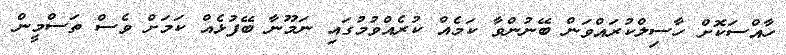
ހާއްސަކޮށް ހާސިލްކުރައްވަން ބޭނުންވާ ކަމެއް ކުރެއްވުމުގައި ނަމޫނާ ބޭފުޅެއް ކަމަށް ވެސް ތަސްމީން